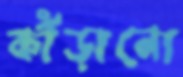
কাঁড়ানো